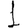
Digit: 1